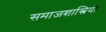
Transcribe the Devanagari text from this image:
समाजशास्त्रियो